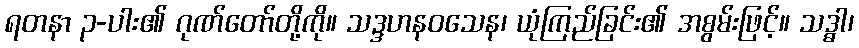
ရတနာ ၃-ပါး၏ ဂုဏ်တော်တို့ကို။ သဒ္ဒဟနဝသေန၊ ယုံကြည်ခြင်း၏ အစွမ်းဖြင့်။ သဒ္ဓါ၊